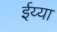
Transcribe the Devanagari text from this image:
ईय्या